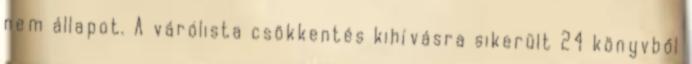
nem állapot. A várólista csökkentés kihívásra sikerült 24 könyvből